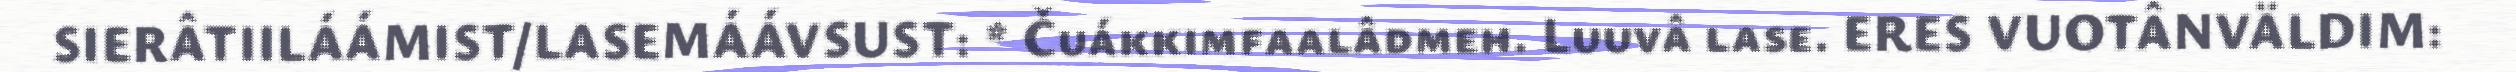
SIERÂTIILÁÁMIST/LASEMÁÁVSUST: * Čuákkimfaalâdmeh. Luuvâ lase. ERES VUOTÂNVÄLDIM: